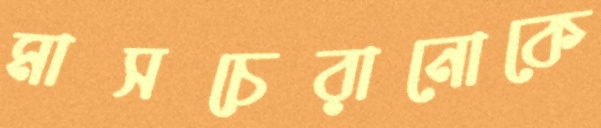
মাসচেরানোকে